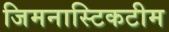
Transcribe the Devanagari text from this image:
जिमनास्टिकटीम